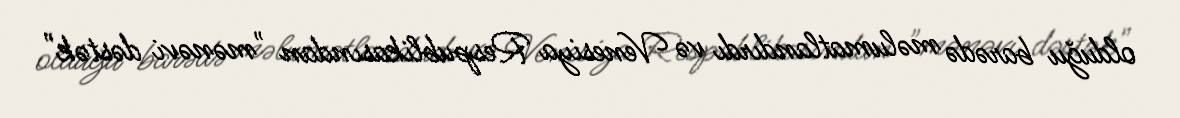
olduğu barədə məlumatlandırdı və Venesiya Respublikasından "mənəvi dəstək"